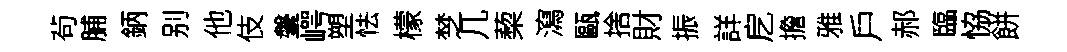
茍脯鈵别他伎鞶崿塑怯檬椘几蔾瀉甌捨財振詳戹擔雅戶郝臨恊餅